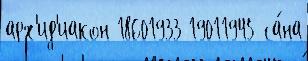
арх'ид'иакон 18601933 19011945 са́на